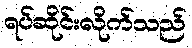
ရပ်ဆိုင်းလိုက်သည်